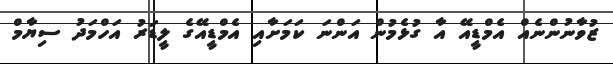
ޒުވާނުންނެއް އެމްޑީއޭ އާ ގުޅެމުން އަންނަ ކަމަށާއި އެމްޑީއޭގެ ލީޑަރު އަހްމަދު ސިޔާމް